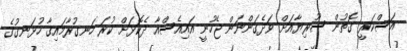
އަސްކަރީ ގޮތުން ސޫރިޔާއަށް ވަދެގަންނަން ޖެހުނީ އައިއެސްއާ ދެކޮޅަށް ކުރަ ހަނގުރާމައިގާ ހުޅަނގުގެ